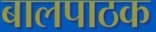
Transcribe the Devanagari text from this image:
बालपाठक